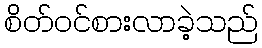
စိတ်ဝင်စားလာခဲ့သည်